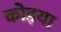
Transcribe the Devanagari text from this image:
कोइया